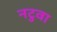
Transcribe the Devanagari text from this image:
नटुवा